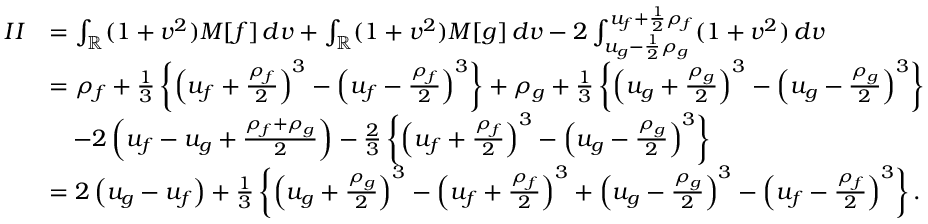
\begin{array} { r l } { I I } & { = \int _ { \mathbb { R } } ( 1 + v ^ { 2 } ) M [ f ] \, d v + \int _ { \mathbb { R } } ( 1 + v ^ { 2 } ) M [ g ] \, d v - 2 \int _ { u _ { g } - \frac { 1 } { 2 } \rho _ { g } } ^ { u _ { f } + \frac { 1 } { 2 } \rho _ { f } } ( 1 + v ^ { 2 } ) \, d v } \\ & { = \rho _ { f } + \frac 1 3 \left\{ \left( u _ { f } + \frac { \rho _ { f } } { 2 } \right) ^ { 3 } - \left( u _ { f } - \frac { \rho _ { f } } { 2 } \right) ^ { 3 } \right\} + \rho _ { g } + \frac 1 3 \left\{ \left( u _ { g } + \frac { \rho _ { g } } { 2 } \right) ^ { 3 } - \left( u _ { g } - \frac { \rho _ { g } } { 2 } \right) ^ { 3 } \right\} } \\ & { \quad - 2 \left( u _ { f } - u _ { g } + \frac { \rho _ { f } + \rho _ { g } } { 2 } \right) - \frac 2 3 \left\{ \left( u _ { f } + \frac { \rho _ { f } } { 2 } \right) ^ { 3 } - \left( u _ { g } - \frac { \rho _ { g } } { 2 } \right) ^ { 3 } \right\} } \\ & { = 2 \left( u _ { g } - u _ { f } \right) + \frac { 1 } { 3 } \left\{ \left( u _ { g } + \frac { \rho _ { g } } { 2 } \right) ^ { 3 } - \left( u _ { f } + \frac { \rho _ { f } } { 2 } \right) ^ { 3 } + \left( u _ { g } - \frac { \rho _ { g } } { 2 } \right) ^ { 3 } - \left( u _ { f } - \frac { \rho _ { f } } { 2 } \right) ^ { 3 } \right\} . } \end{array}